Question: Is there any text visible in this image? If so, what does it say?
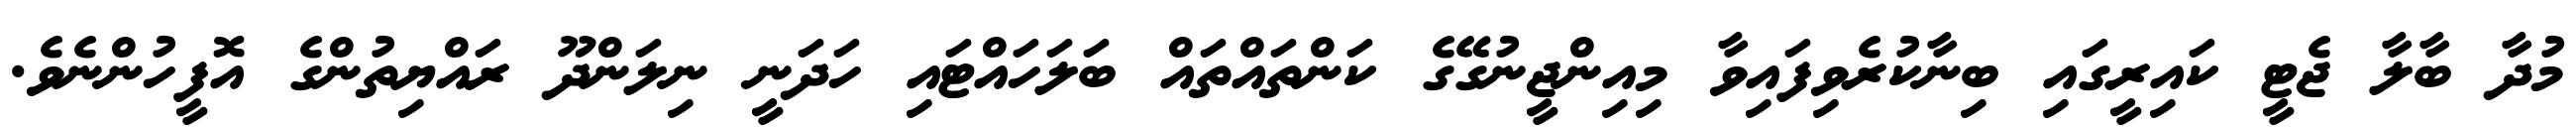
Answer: މުދާ ބާލާ ޖެޓީ ކައިރީގައި ބިނާކުރެވިފައިވާ މިއިންޖީނުގޭގެ ކަންތައްތައް ބަލަހައްޓައި ހަދަނީ ނިލަންދޫ ރައްޔިތުންގެ އޮފީހުންނެވެ.